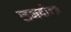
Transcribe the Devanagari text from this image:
सनदीला